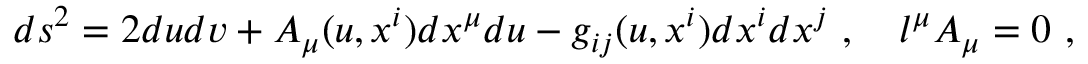
d s ^ { 2 } = 2 d u d v + A _ { \mu } ( u , x ^ { i } ) d x ^ { \mu } d u - g _ { i j } ( u , x ^ { i } ) d x ^ { i } d x ^ { j } \ , \quad l ^ { \mu } A _ { \mu } = 0 \ ,